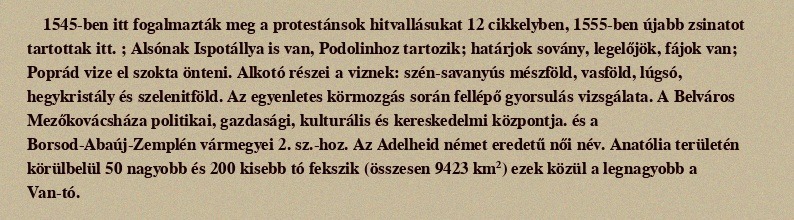
1545-ben itt fogalmazták meg a protestánsok hitvallásukat 12 cikkelyben, 1555-ben újabb zsinatot tartottak itt. ; Alsónak Ispotállya is van, Podolinhoz tartozik; határjok sovány, legelőjök, fájok van; Poprád vize el szokta önteni. Alkotó részei a viznek: szén-savanyús mészföld, vasföld, lúgsó, hegykristály és szelenitföld. Az egyenletes körmozgás során fellépő gyorsulás vizsgálata. A Belváros Mezőkovácsháza politikai, gazdasági, kulturális és kereskedelmi központja. és a Borsod-Abaúj-Zemplén vármegyei 2. sz.-hoz. Az Adelheid német eredetű női név. Anatólia területén körülbelül 50 nagyobb és 200 kisebb tó fekszik (összesen 9423 km²) ezek közül a legnagyobb a Van-tó.